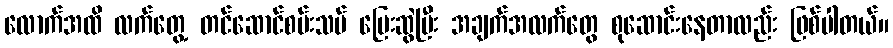
လောက်အထိ လက်တွေ့ တင်ဆောင်စမ်းသပ် ပြေးဆွဲပြီး အချက်အလက်တွေ စုဆောင်းနေတာလည်း ဖြစ်ပါတယ်။